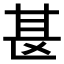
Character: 𫞪